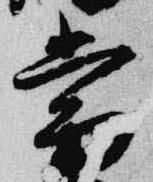
当